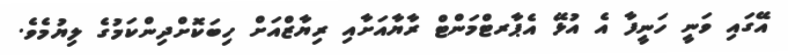
އޭގައި ވަނީ ހަނީފާ އެ އުޅޭ އެޕާރޓްމަންޓް ރާޔާއަށާއި ރިޔާޒްއަށް ހިބަކޮށްދިންކަމުގެ ލިޔުމެވެ.